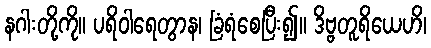
နဂါးတို့ကို။ ပရိဝါရေတွာန၊ ခြံရံစေပြီး၍။ ဒိဗ္ဗတူရိယေဟိ၊